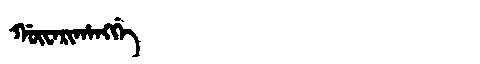
Manchu: ᡤᡡᠸᠠᡵᡳᡥᠠᠩᡤᡝ
Romanization: GŪWARIHANGGE